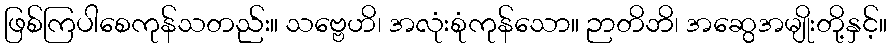
ဖြစ်ကြပါစေကုန်သတည်း။ သဗ္ဗေဟိ၊ အလုံးစုံကုန်သော။ ဉာတိဘိ၊ အဆွေအမျိုးတို့နှင့်။